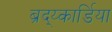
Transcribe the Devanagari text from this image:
ब्रद्य्कार्डिया